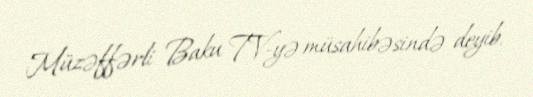
Müzəffərli Baku TV-yə müsahibəsində deyib.